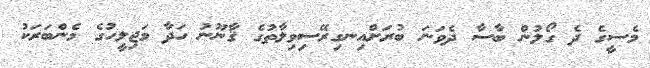
މެސީގެ ދެ ގޯލުން ބާސާ ދެވަނަ ބުރަށްއިނގިރޭސިވިލާތުގެ ޤާނޫނު ހަދާ މަޖިލީހުގެ މެންބަރަކު